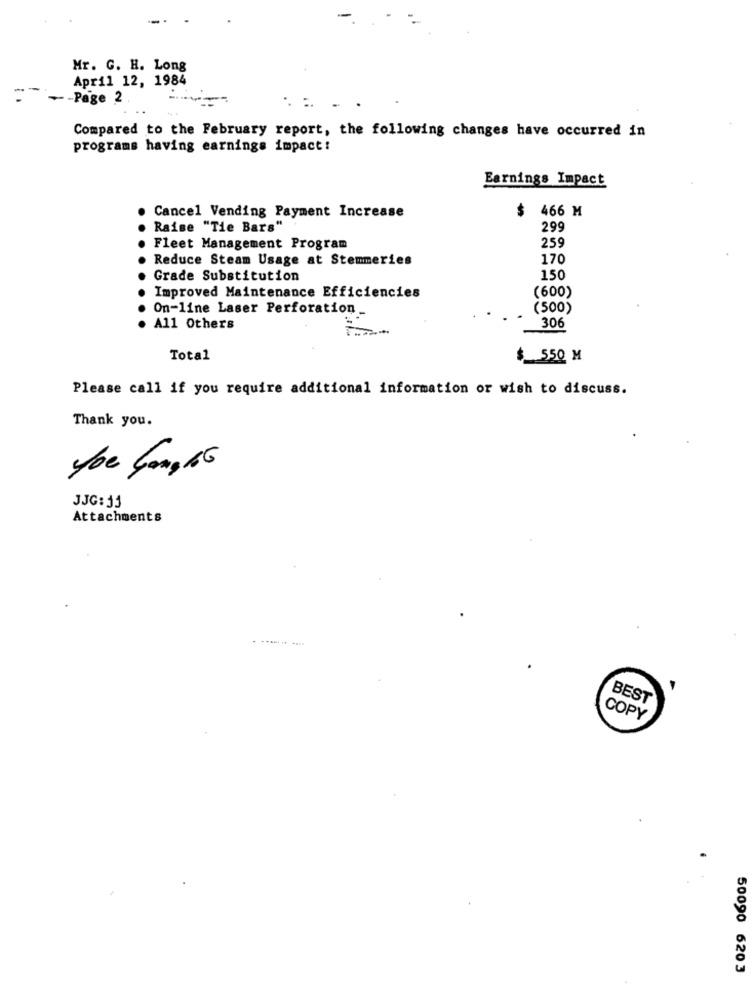
Mr. G. H. Long
April 12, 1984
- - Page 2
. . . .
Compared to the February report, the following changes have occurred in
programs having earnings impact !
Earnings Impact
$
466 M
Cancel Vending Payment Increase
Raise "Tie Bars"
299
259
Fleet Management Program
Reduce Steam Usage at Stemmeries
170
Grade Substitution
150
(600)
Improved Maintenance Efficiencies
On-line Laser Perforation.
(500)
306
All Others
Total
$ 550 M
Please call if you require additional information or wish to discuss.
Thank you.
JJG: 33
Attachments
BEST
COPY
50090 6203